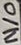
Text: N/O